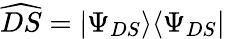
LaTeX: \widehat{DS}=|\Psi_{DS}\rangle\langle\Psi_{DS}|